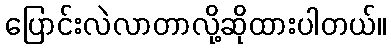
ပြောင်းလဲလာတာလို့ဆိုထားပါတယ်။